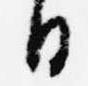
日